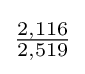
{\tfrac {2,116}{2,519}}